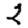
Digit: 2